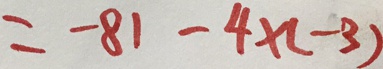
= - 8 1 - 4 \times ( - 3 )